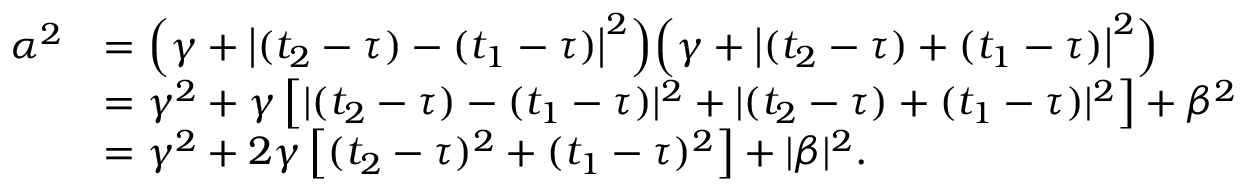
\begin{array} { r l } { \alpha ^ { 2 } } & { = \Big ( \gamma + \big | ( t _ { 2 } - \tau ) - ( t _ { 1 } - \tau ) \big | ^ { 2 } \Big ) \Big ( \gamma + \big | ( t _ { 2 } - \tau ) + ( t _ { 1 } - { \tau } ) \big | ^ { 2 } \Big ) } \\ & { = \gamma ^ { 2 } + \gamma \left[ | ( t _ { 2 } - \tau ) - ( t _ { 1 } - \tau ) | ^ { 2 } + | ( t _ { 2 } - \tau ) + ( t _ { 1 } - { \tau } ) | ^ { 2 } \right] + \beta ^ { 2 } } \\ & { = \gamma ^ { 2 } + 2 \gamma \left[ ( t _ { 2 } - \tau ) ^ { 2 } + ( t _ { 1 } - \tau ) ^ { 2 } \right] + | \beta | ^ { 2 } . } \end{array}